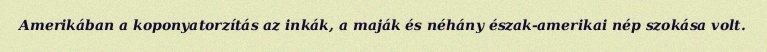
Amerikában a koponyatorzítás az inkák, a maják és néhány észak-amerikai nép szokása volt.